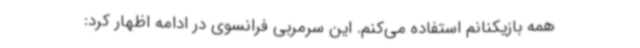
همه بازیکنانم استفاده می‌کنم. این سرمربی فرانسوی در ادامه اظهار کرد: